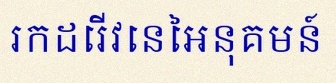
រកដេរីវេនៃអនុគមន៍